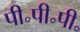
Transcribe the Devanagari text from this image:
पी॰पी॰पी॰